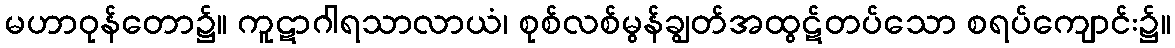
မဟာဝုန်တော၌။ ကူဋာဂါရသာလာယံ၊ စုစ်လစ်မွန်ချွတ်အထွဋ်တပ်သော စရပ်ကျောင်း၌။